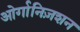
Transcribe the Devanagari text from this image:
ओर्गानिज़शन